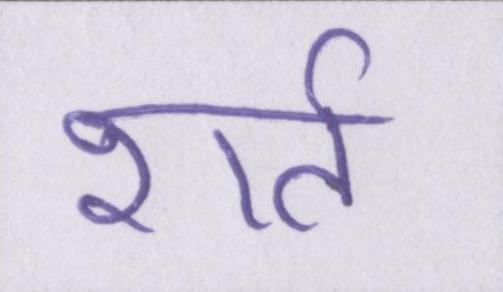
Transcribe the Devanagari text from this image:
शर्त